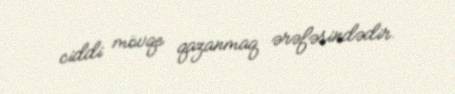
ciddi mövqe qazanmaq ərəfəsindədir.